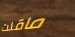
ماقلت